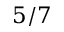
5 / 7